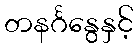
တနင်္ဂနွေနှင့်